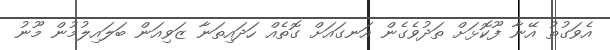
އެވަގުތު އޭނާ ފޫކޮޅަށް ތަދުވެގެން އަނގައަށް ގޮތެއް ހަދައިިތަނާ ޒަވިއަން ބަލައިލުމުން މޫނު